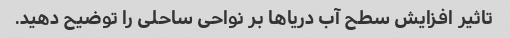
تاثیر افزایش سطح آب دریاها بر نواحی ساحلی را توضیح دهید.